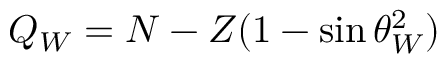
Q _ { W } = N - Z ( 1 - \sin \theta _ { W } ^ { 2 } )